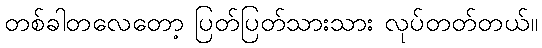
တစ်ခါတလေတော့ ပြတ်ပြတ်သားသား လုပ်တတ်တယ်။